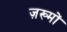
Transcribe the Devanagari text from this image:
ज़ख्‍मों